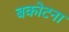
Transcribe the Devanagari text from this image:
बकोटना